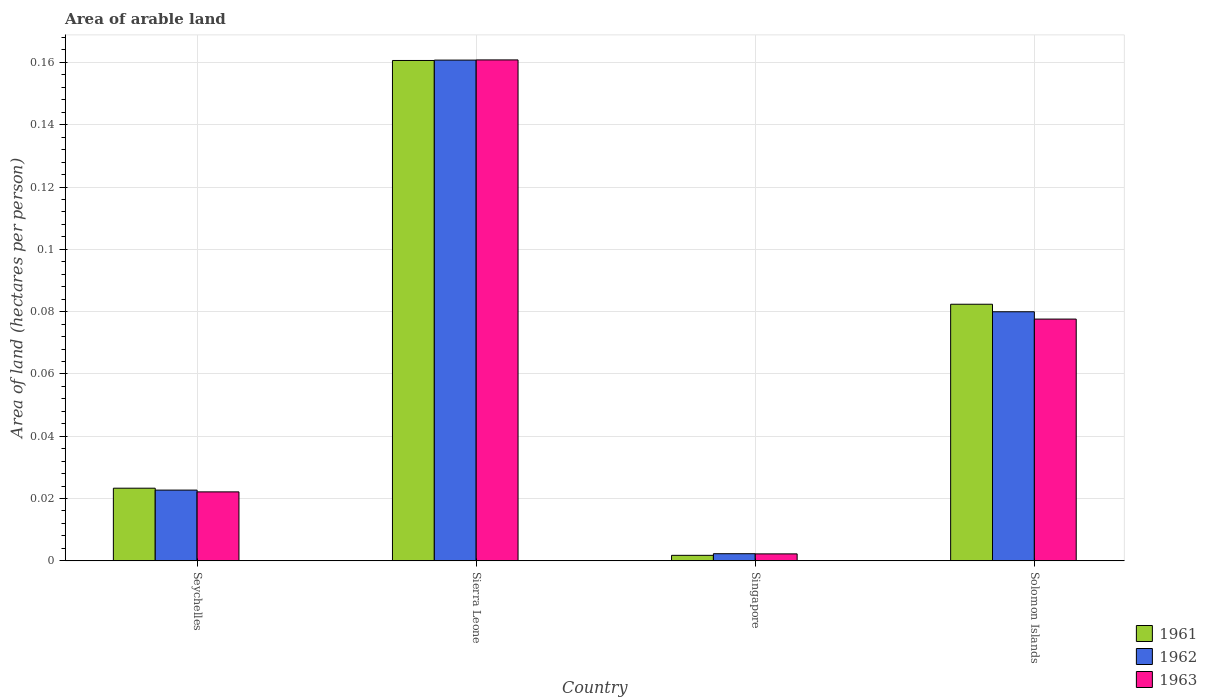
| Country | 1961 | 1962 | 1963 |
 | --- | --- | --- | --- |
 | Seychelles | 0.0233 | 0.0227 | 0.0221 |
 | Sierra Leone | 0.161 | 0.161 | 0.161 |
 | Singapore | 0.00176 | 0.00229 | 0.00223 |
 | Solomon Islands | 0.0824 | 0.08 | 0.0776 |